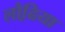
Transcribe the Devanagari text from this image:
लौढि़या